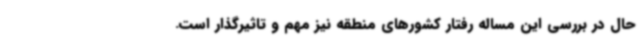
حال در بررسی این مساله رفتار کشورهای منطقه نیز مهم و تاثیرگذار است.